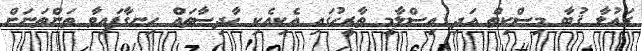
ރައުލާ ޤުބާ މިސްކިތް އަދި އިސްލާމީ ތާރީހުގައި އެކިއެކި ހާދިސާތައް ހިނގާފައިވާ ތަންތަނަށް